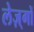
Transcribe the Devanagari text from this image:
लेज़्गों